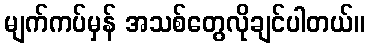
မျက်ကပ်မှန် အသစ်တွေလိုချင်ပါတယ်။